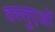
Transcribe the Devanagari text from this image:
वस्तुएओं